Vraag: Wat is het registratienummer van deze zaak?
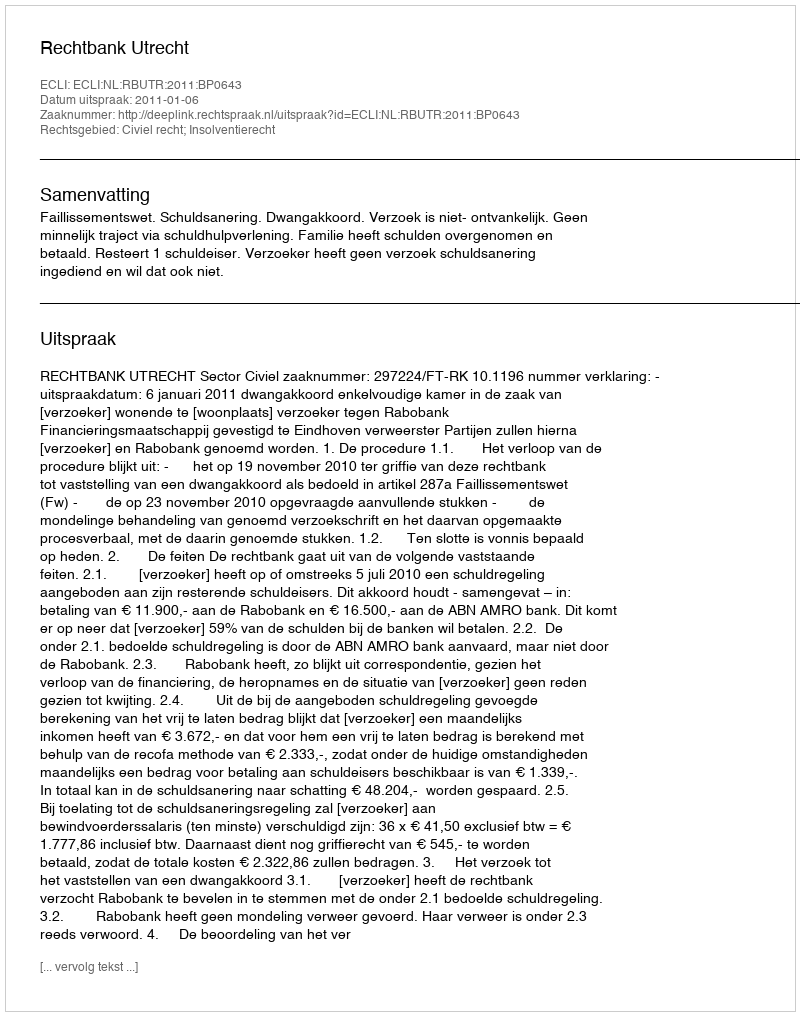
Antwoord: http://deeplink.rechtspraak.nl/uitspraak?id=ECLI:NL:RBUTR:2011:BP0643